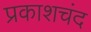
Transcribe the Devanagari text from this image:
प्रकाशचंद